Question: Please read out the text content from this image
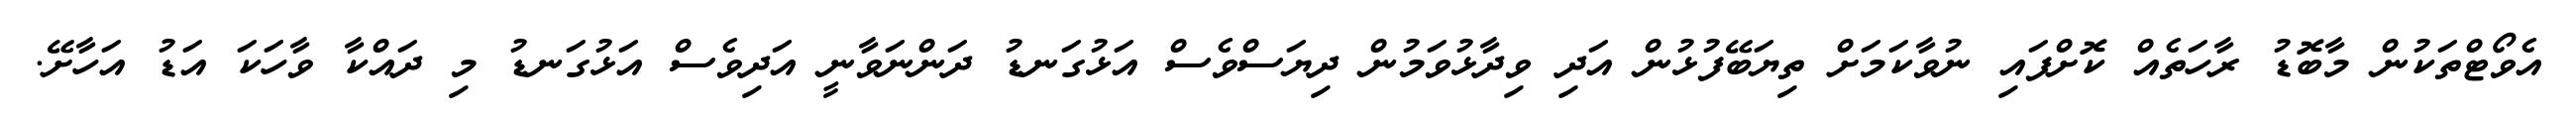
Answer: އެވޯޓްތަކުން މާބޮޑު ރާހަތެއް ކޮށްފައި ނުވާކަމަށް ތިޔަބޭފުޅުން އަދި ވިދާޅުވަމުން ދިޔަސްވެސް އަޅުގަނޑު ދަންނަވާނީ އަދިވެސް އަޅުގަނޑު މި ދައްކާ ވާހަކަ އަޑު އަހާށޭ.